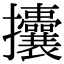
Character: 攮